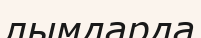
лымдарда